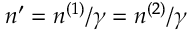
n ^ { \prime } = n ^ { ( 1 ) } / \gamma = n ^ { ( 2 ) } / \gamma